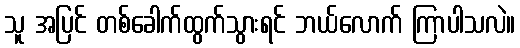
သူ အပြင် တစ်ခေါက်ထွက်သွားရင် ဘယ်လောက် ကြာပါသလဲ။